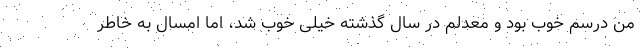
من درسم خوب بود و معدلم در سال گذشته خیلی خوب شد، اما امسال به خاطر